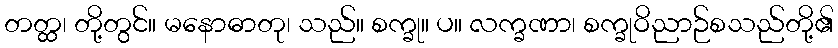
တတ္ထ၊ တို့တွင်။ မနောဓာတု၊ သည်။ စက္ခု။ ပ။ လက္ခဏာ၊ စက္ခုဝိညာဉ်စသည်တို့၏